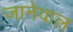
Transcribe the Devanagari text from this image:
जानेवाल